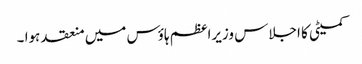
کمیٹی کا اجلاس وزیراعظم ہاؤس میں منعقد ہوا ۔